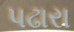
પઢારા